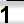
Digit: 1